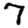
Digit: 7